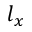
l _ { x }